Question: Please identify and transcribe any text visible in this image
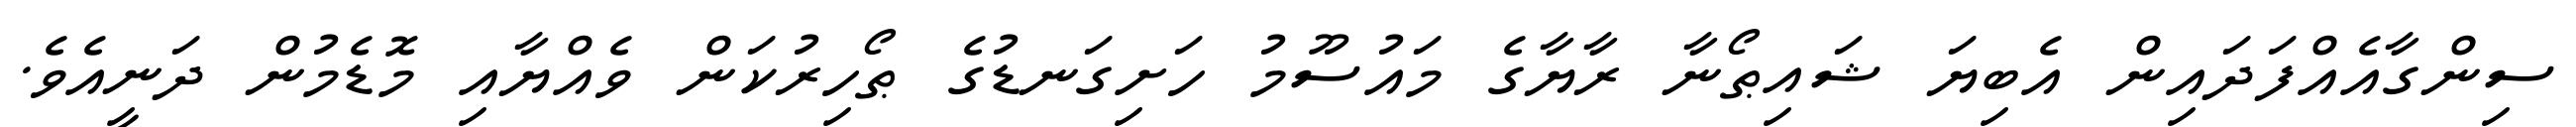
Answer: ސިންގާއެއްފަދައިން އެބިޔަ ޝައިޠޯނާ ރާޔާގެ މައުސޫމު ހަށިގަނޑުގެ ޠޯހިރުކަން ވެއްޔާއި މޮޑެމުން ދަނީއެވެ.